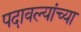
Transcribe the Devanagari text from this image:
पदावल्यांच्या